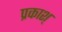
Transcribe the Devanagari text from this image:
प्रकाश्